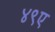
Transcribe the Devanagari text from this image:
४९ए